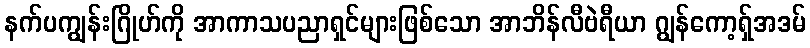
နက်ပကျွန်းဂြိုဟ်ကို အာကာသပညာရှင်များဖြစ်သော အာဘိန်လီဗဲရီယာ ဂျွန်ကော့ရှ်အဒမ်